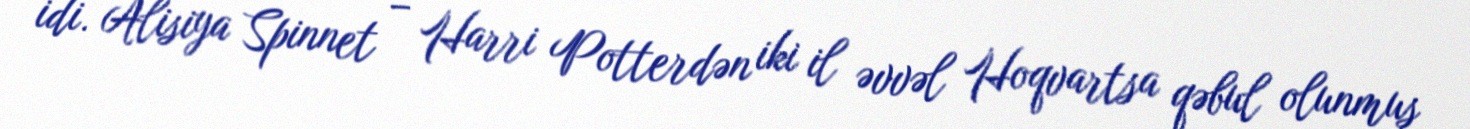
idi. Alisiya Spinnet – Harri Potterdən iki il əvvəl Hoqvartsa qəbul olunmuş